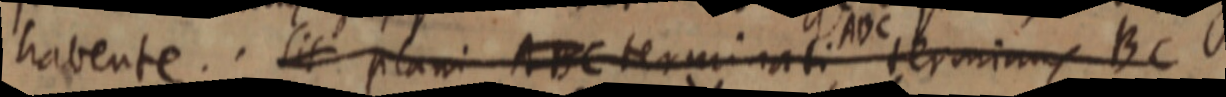
habente. Sit plani ABC terminati terminus BC